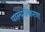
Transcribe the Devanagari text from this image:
पास्चुरीकरण